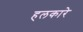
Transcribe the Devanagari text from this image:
हलकारे